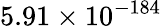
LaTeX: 5.91\times 10^{-184}